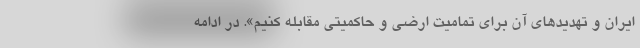
ایران و تهدیدهای آن برای تمامیت ارضی و حاکمیتی مقابله کنیم». در ادامه